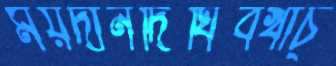
ময়দানদিঘিবখাচ্